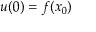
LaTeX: u ( 0 ) = f ( x _ { 0 } )